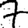
Digit: 7